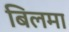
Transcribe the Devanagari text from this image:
बिलमा